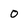
Character: 0